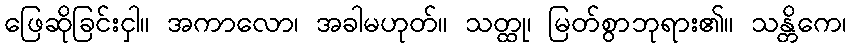
ဖြေဆိုခြင်းငှါ။ အကာလော၊ အခါမဟုတ်။ သတ္ထု၊ မြတ်စွာဘုရား၏။ သန္တိကေ၊